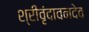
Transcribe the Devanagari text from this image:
श्रीवृंदावनदेव